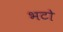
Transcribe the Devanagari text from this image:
भटो